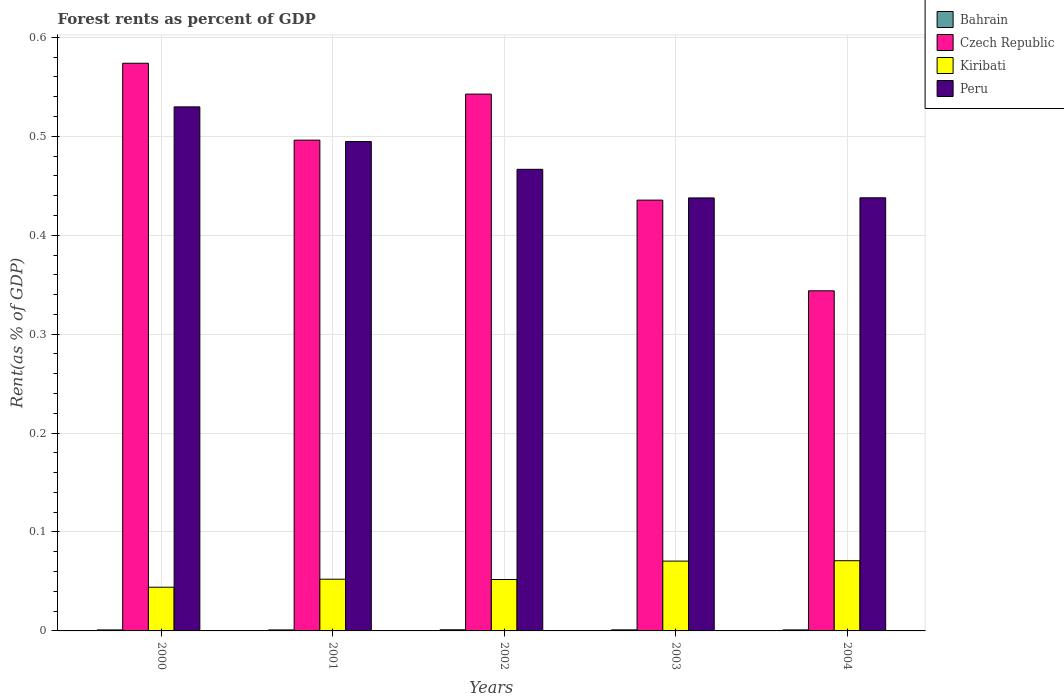
| Years | Bahrain | Czech Republic | Kiribati | Peru |
 | --- | --- | --- | --- | --- |
 | 2000 | 0.00101 | 0.574 | 0.0442 | 0.53 |
 | 2001 | 0.000998 | 0.496 | 0.0523 | 0.495 |
 | 2002 | 0.00115 | 0.543 | 0.052 | 0.467 |
 | 2003 | 0.00108 | 0.435 | 0.0706 | 0.438 |
 | 2004 | 0.00103 | 0.344 | 0.071 | 0.438 |